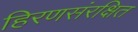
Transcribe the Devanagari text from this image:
हिरणसंरक्षित